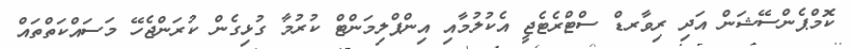
ކޮމްޕެންސޭޝަން އަދި ރިވާރޑް ސްޓްރެޓެޖީ އެކުލުމާއި އިންޕްލިމަންޓް ކުރުމާ ގުޅިގެން ކުރަންޖެހޭ މަސައްކަތްތައް